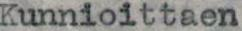
Kunnioittaen